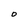
Character: O